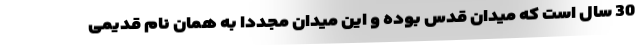
30 سال است که میدان قدس بوده و این میدان مجددا به همان نام قدیمی